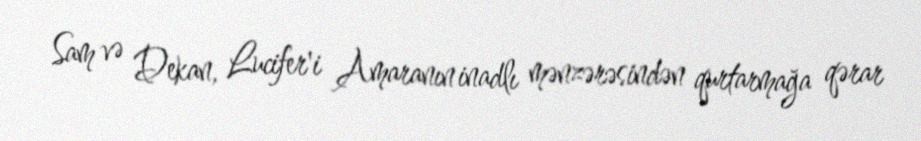
Sam və Dekan, Lucifer'i Amaranın inadlı mənzərəsindən qurtarmağa qərar